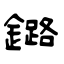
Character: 鏴